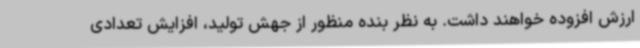
ارزش افزوده خواهند داشت. به نظر بنده منظور از جهش تولید، افزایش تعدادی